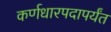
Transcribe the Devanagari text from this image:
कर्णधारपदापर्यंत